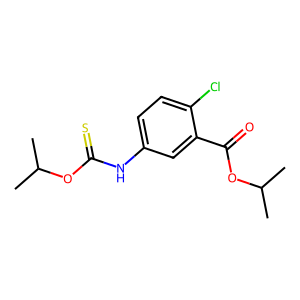
SMILES: CC(C)OC(=O)c1cc(NC(=S)OC(C)C)ccc1Cl
Inhibits HIV replication: Yes